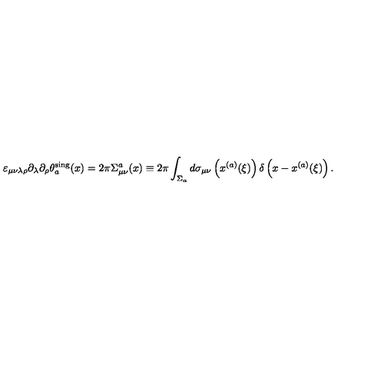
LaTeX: \varepsilon _ { \mu \nu \lambda \rho } \partial _ { \lambda } \partial _ { \rho } \theta _ { a } ^ { \mathrm { s i n g } } ( x ) = 2 \pi \Sigma _ { \mu \nu } ^ { a } ( x ) \equiv 2 \pi \int _ { \Sigma _ { a } } ^ { } d \sigma _ { \mu \nu } \left( x ^ { ( a ) } ( \xi ) \right) \delta \left( x - x ^ { ( a ) } ( \xi ) \right) .